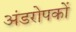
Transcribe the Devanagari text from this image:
अंडरोपकों